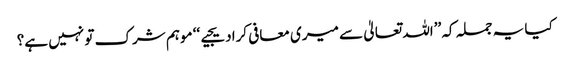
کیا یہ جملہ کہ ’’اللہ تعالیٰ سے میری معافی کرادیجیے‘‘ موہم شرک تو نہیں ہے؟